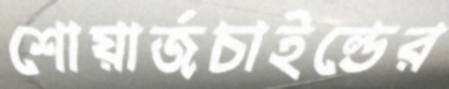
শোয়ার্জচাইল্ডের